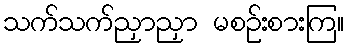
သက်သက်ညှာညှာ မစဉ်းစားကြ။